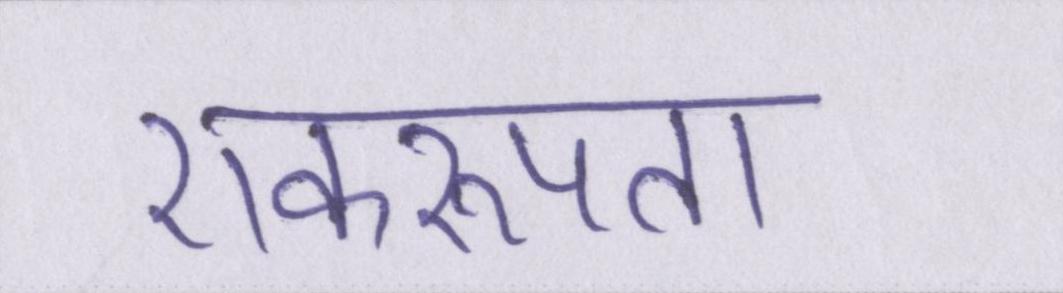
एकरूपता